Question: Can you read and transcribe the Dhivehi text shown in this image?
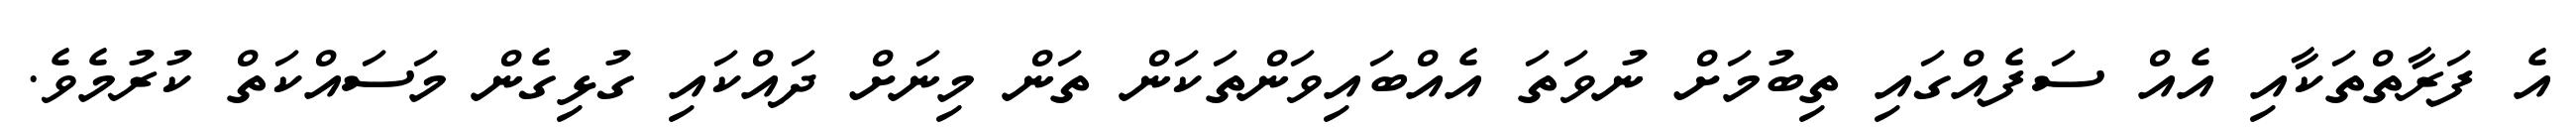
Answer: އެ ފަރާތްތަކާއި އެއް ސަފެއްގައި ތިބުމަށް ނުވަތަ އެއްބައިވަންތަކަން ތަން މިނަށް ދައްކައި ގުޅިގެން މަސައްކަތް ކުރުމެވެ.